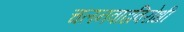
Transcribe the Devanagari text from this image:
चलनवाढविरोधी